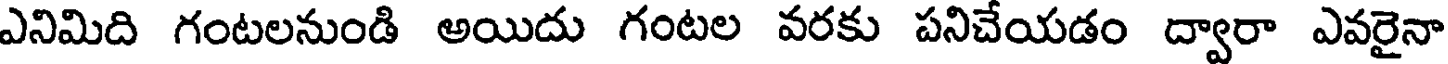
ఎనిమిది గంటలనుండి అయిదు గంటల వరకు పనిచేయడం ద్వారా ఎవరైనా